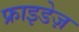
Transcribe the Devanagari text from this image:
फ्राइडेज़